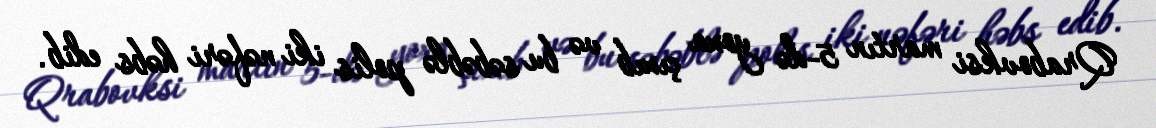
Qrabovksi martın 5-də yoxa çıxıb və bu səbəblə polis iki nəfəri həbs edib.